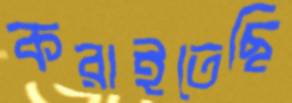
করাইতেছি